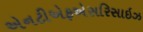
એનટીએફએસરિસાઇઝ